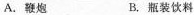
A.鞭炮 B.瓶装饮料